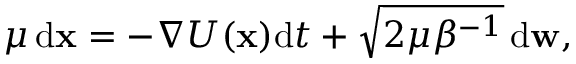
\mu \operatorname { d \mathbf { x } } = - \nabla U ( \mathbf { x } ) \mathrm { d } t + \sqrt { 2 \mu { \beta } ^ { - 1 } } \operatorname { d \mathbf { w } } ,